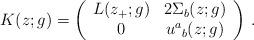
LaTeX: \begin{align*}K(z;g)=\left(\begin{array}{cc} L(z_{+};g)&2\Sigma_{b}(z;g)\\ 0&u^{a}{}_{b}(z;g) \end{array}\right)\,.\end{align*}